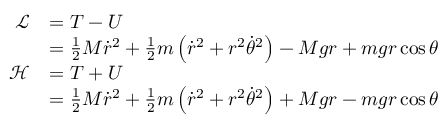
{ \begin{array} { r l } { { \mathcal { L } } } & { = T - U } \\ & { = { \frac { 1 } { 2 } } M { \dot { r } } ^ { 2 } + { \frac { 1 } { 2 } } m \left( { \dot { r } } ^ { 2 } + r ^ { 2 } { \dot { \theta } } ^ { 2 } \right) - M g r + m g r \cos { \theta } } \\ { { \mathcal { H } } } & { = T + U } \\ & { = { \frac { 1 } { 2 } } M { \dot { r } } ^ { 2 } + { \frac { 1 } { 2 } } m \left( { \dot { r } } ^ { 2 } + r ^ { 2 } { \dot { \theta } } ^ { 2 } \right) + M g r - m g r \cos { \theta } } \end{array} }